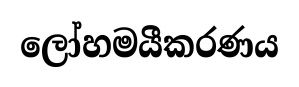
ලෝහමයීකරණය